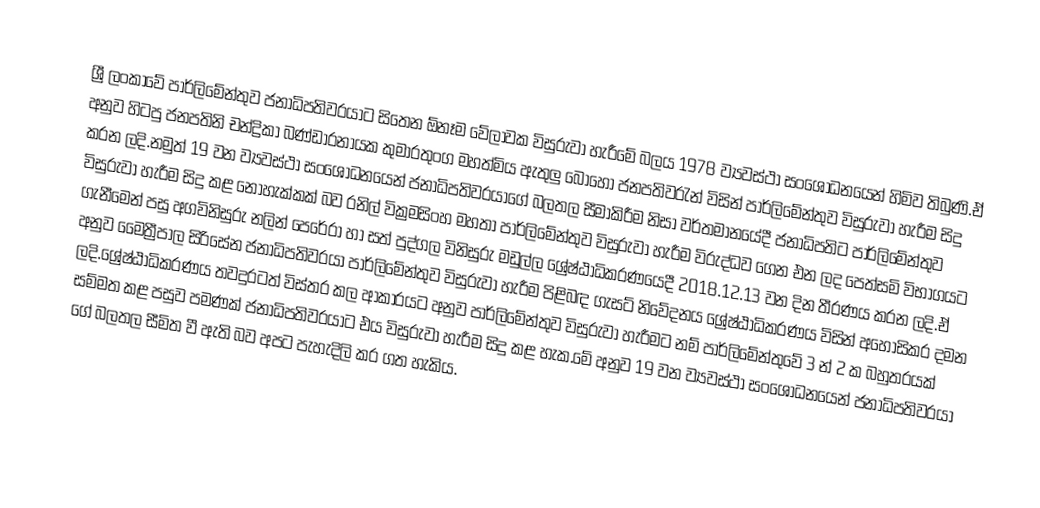
ශ්‍රී ලංකාවේ පාර්ලිමේන්තුව ජනාධිපතිවරයාට සිතෙන ඕනෑම වේලාවක විසුරුවා හැරීමේ බලය 1978 ව්‍යවස්ථා සංශෝධනයෙන් හිමිව තිබුණි.ඒ අනුව හිටපු ජනපතිනි චන්ද්‍රිකා බණ්ඩාරනායක කුමාරතුංග මහත්මිය ඇතුලු බොහෝ ජනපතිවරැන් විසින් පාර්ලිමේන්තුව විසුරුවා හැරීම සිදු කරන ලදි.නමුත් 19 වන ව්‍යවස්ථා සංශෝධනයෙන් ජනාධිපතිවරයාගේ බලතල සීමාකිරීම නිසා වර්තමානයේදී ජනාධිපතිට පාර්ලිමේන්තුව විසුරුවා හැරීම සිදු කළ නොහැක්කක් බව රනිල් වික්‍රමසිංහ මහතා පාර්ලිමේන්තුව විසුරුවා හැරීම විරුද්ධව ගෙන එන ලද පෙත්සමි විභාගයට ගැනීමෙන් පසු අගවිනිසුරු නලින් පෙරේරා හා සත් පුද්ගල විනිසුරු මඩුල්ල ශ්‍රේෂ්ඨාධිකරණයෙදී 2018.12.13 වන දින තීරණය කරන ලදි.ඒ අනුව මෛත්‍රීපාල සිරිසේන ජනාධිපතිවරයා පාර්ලිමේන්තුව විසුරුවා හැරීම පිළිබඳ ගැසට් නිවේදනය ශ්‍රේෂ්ඨාධිකරණය විසින් අහෝසිකර දමන ලදි.ශ්‍රේෂ්ඨාධිකරණය තවදුරටත් විස්තර කල ආකාරයට අනුව පාර්ලිමේන්තුව විසුරුවා හැරීමට නම් පාර්ලිමේන්තුවේ 3 න් 2 ක බහුතරයක්  සම්මත කළ පසුව පමණක් ජනාධිපතිවරයාට එය විසුරුවා හැරීම සිදු කළ හැක.මේ අනුව 19 වන ව්‍යවස්ථා සංශෝධනයෙන් ජනාධිපතිවරයා ගේ බලතල සීමිත වී ඇති බව අපට පැහැදිලි කර ගත හැකිය.